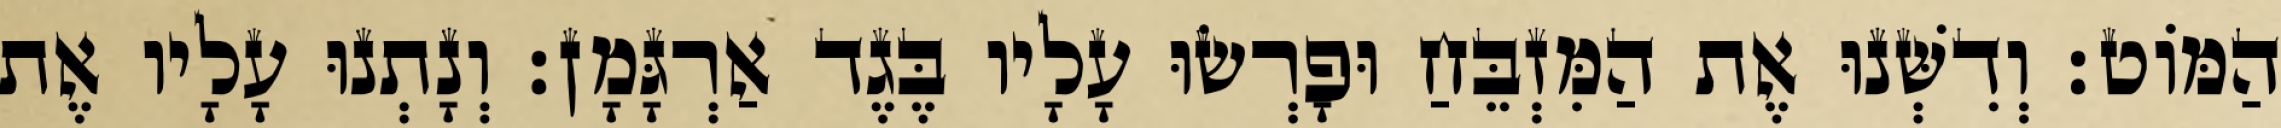
הַמּוֹט׃ וְדִשְּׁנוּ אֶת הַמִּזְבֵּחַ וּפָרְשׂוּ עָלָיו בֶּגֶד אַרְגָּמָן׃ וְנָתְנוּ עָלָיו אֶת